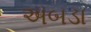
અબડા